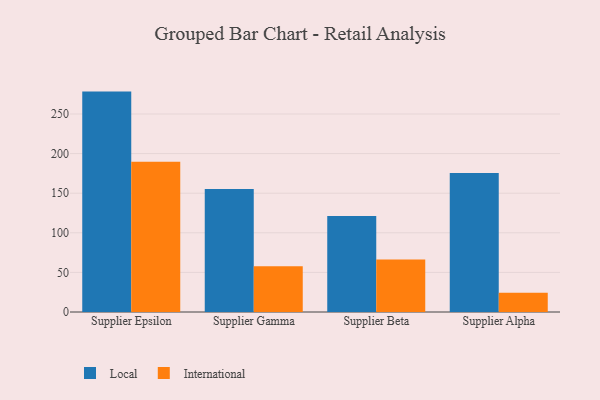
{"axis": {"x": "Supplier", "y": "Net Income (USD K)"}, "legend": ["International", "Local"], "data": [{"x": "Supplier Epsilon", "y": 278.3, "type": "Local"}, {"x": "Supplier Epsilon", "y": 189.7, "type": "International"}, {"x": "Supplier Gamma", "y": 155.2, "type": "Local"}, {"x": "Supplier Gamma", "y": 57.8, "type": "International"}, {"x": "Supplier Beta", "y": 121.2, "type": "Local"}, {"x": "Supplier Beta", "y": 66.2, "type": "International"}, {"x": "Supplier Alpha", "y": 175.6, "type": "Local"}, {"x": "Supplier Alpha", "y": 24.4, "type": "International"}]}